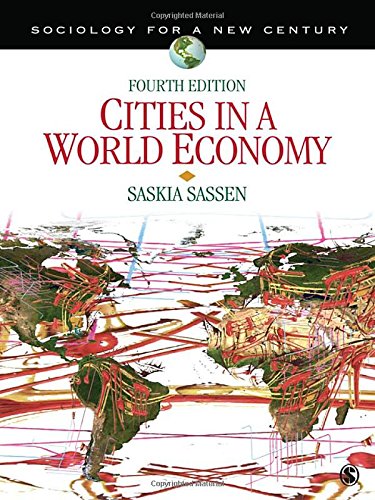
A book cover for Cities in a World Economy (Sociology for a New Century Series); Saskia J. Sassen; Business & Money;